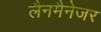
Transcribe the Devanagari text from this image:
लैनमैनेजर